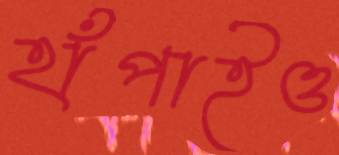
হাঁপাইও